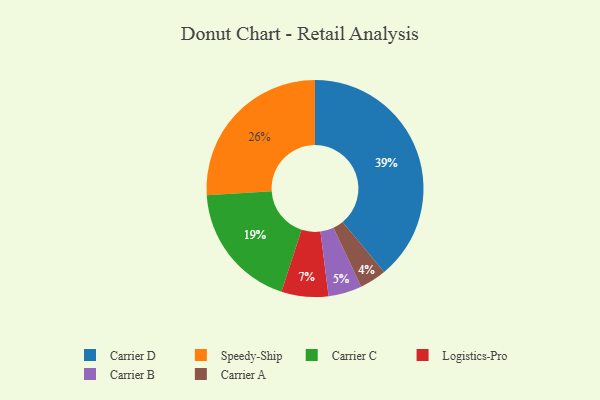
{"axis": {"x": "Category", "y": "Percentage"}, "legend": ["Carrier A", "Carrier B", "Carrier C", "Carrier D", "Logistics-Pro", "Speedy-Ship"], "data": [{"x": "Speedy-Ship", "y": 26, "type": "Speedy-Ship"}, {"x": "Carrier B", "y": 5, "type": "Carrier B"}, {"x": "Logistics-Pro", "y": 7, "type": "Logistics-Pro"}, {"x": "Carrier D", "y": 39, "type": "Carrier D"}, {"x": "Carrier A", "y": 4, "type": "Carrier A"}, {"x": "Carrier C", "y": 19, "type": "Carrier C"}]}